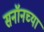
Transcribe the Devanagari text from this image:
सनॉनच्या